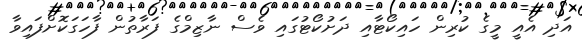
އަދި އެއީ މީގެ ކުރިން ހައިކޯޓާއި ދަށުކޯޓުގައި ވެސް ނާޒިމްގެ ފަރާތުން ފާހަގަކޮށްފައިވާ